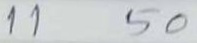
11 50